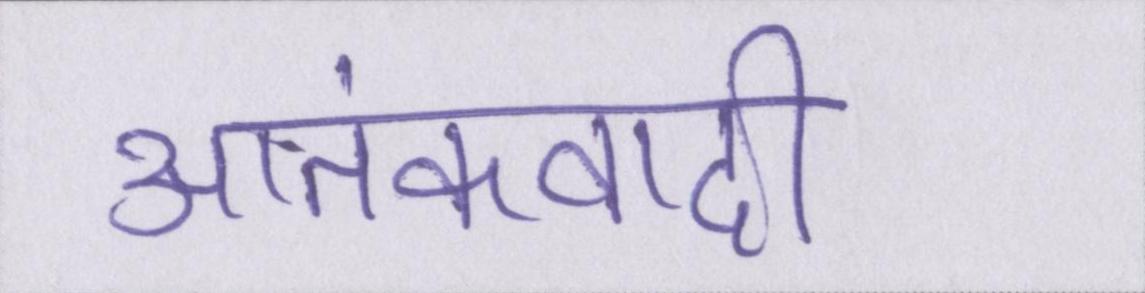
आतंकवादी